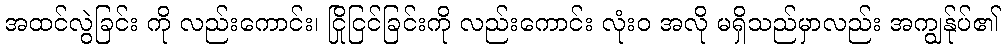
အထင်လွဲခြင်း ကို လည်းကောင်း၊ ငြိုငြင်ခြင်းကို လည်းကောင်း လုံးဝ အလို မရှိသည်မှာလည်း အကျွန်ုပ်၏